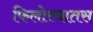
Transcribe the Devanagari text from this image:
फिलोस्त्रातस